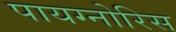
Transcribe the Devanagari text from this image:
पायग्नोरिस